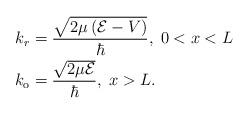
LaTeX: \begin{align*}k_{r} & =\frac{\sqrt{2\mu\left( \mathcal{E}-V\right) }}{\hbar},\;0<x<L\\k_{\mathrm{o}} & =\frac{\sqrt{2\mu\mathcal{E}}}{\hbar},\;x>L. \end{align*}